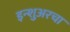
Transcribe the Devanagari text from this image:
इन्‍शुअरचा